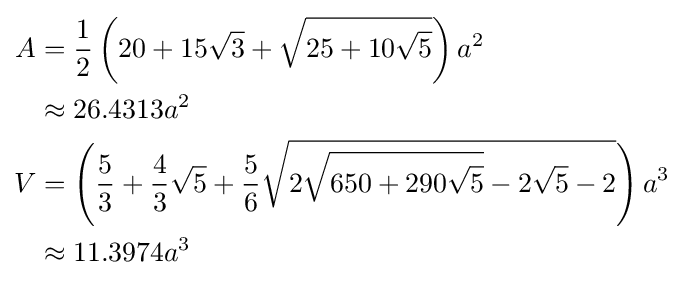
{\begin{aligned}A&={\frac {1}{2}}\left(20+15{\sqrt {3}}+{\sqrt {25+10{\sqrt {5}}}}\right)a^{2}\\&\approx 26.4313a^{2}\\V&=\left({\frac {5}{3}}+{\frac {4}{3}}{\sqrt {5}}+{\frac {5}{6}}{\sqrt {2{\sqrt {650+290{\sqrt {5}}}}-2{\sqrt {5}}-2}}\right)a^{3}\\&\approx 11.3974a^{3}\end{aligned}}